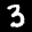
Label: 3